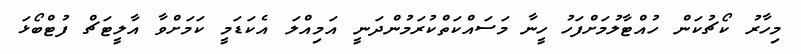
މިހާރު ކޯޗުކަން ހުއްޓާލުމަށްފަހު ހީނާ މަސައްކަތްކުރަމުންދަނީ އަމިއްލަ އެކަޑަމީ ކަމަށްވާ އާލީޓަޗް ފުޓްބޯޅަ